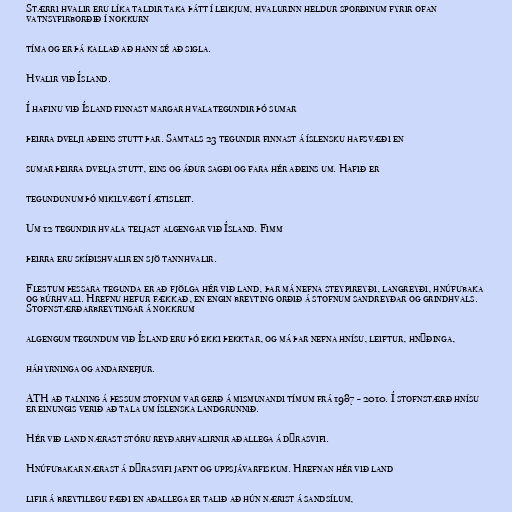
Stærri hvalir eru líka taldir taka þátt í leikjum, hvalurinn heldur sporðinum fyrir ofan
vatnsyfirborðið í nokkurn

tíma og er þá kallað að hann sé að sigla.

Hvalir við Ísland.

Í hafinu við Ísland finnast margar hvalategundir þó sumar

þeirra dvelji aðeins stutt þar. Samtals 23 tegundir finnast á íslensku hafsvæði en

sumar þeirra dvelja stutt, eins og áður sagði og fara hér aðeins um. Hafið er

tegundunum þó mikilvægt í ætisleit.

Um 12 tegundir hvala teljast algengar við Ísland. Fimm

þeirra eru skíðishvalir en sjö tannhvalir.

Flestum þessara tegunda er að fjölga hér við land, þar má nefna steypireyði, langreyði, hnúfubaka
og búrhvali. Hrefnu hefur fækkað, en engin breyting orðið á stofnum sandreyðar og grindhvals.
Stofnstærðarbreytingar á nokkrum

algengum tegundum við Ísland eru þó ekki þekktar, og má þar nefna hnísu, leiftur, hnýðinga,

háhyrninga og andarnefjur.

ATH að talning á þessum stofnum var gerð á mismunandi tímum frá 1987 - 2010. Í stofnstærð hnísu
er einungis verið að tala um íslenska landgrunnið.

Hér við land nærast stóru reyðarhvalirnir aðallega á dýrasvifi.

Hnúfubakar nærast á dýrasvifi jafnt og uppsjávarfiskum. Hrefnan hér við land

lifir á breytilegu fæði en aðallega er talið að hún nærist á sandsílum,